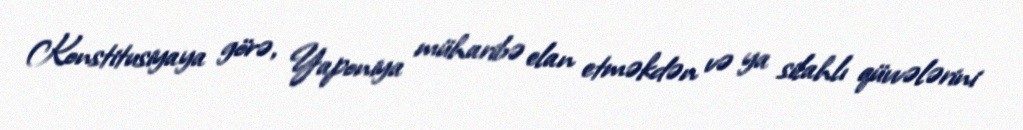
Konstitusiyaya görə, Yaponiya müharibə elan etməkdən və ya silahlı qüvvələrini